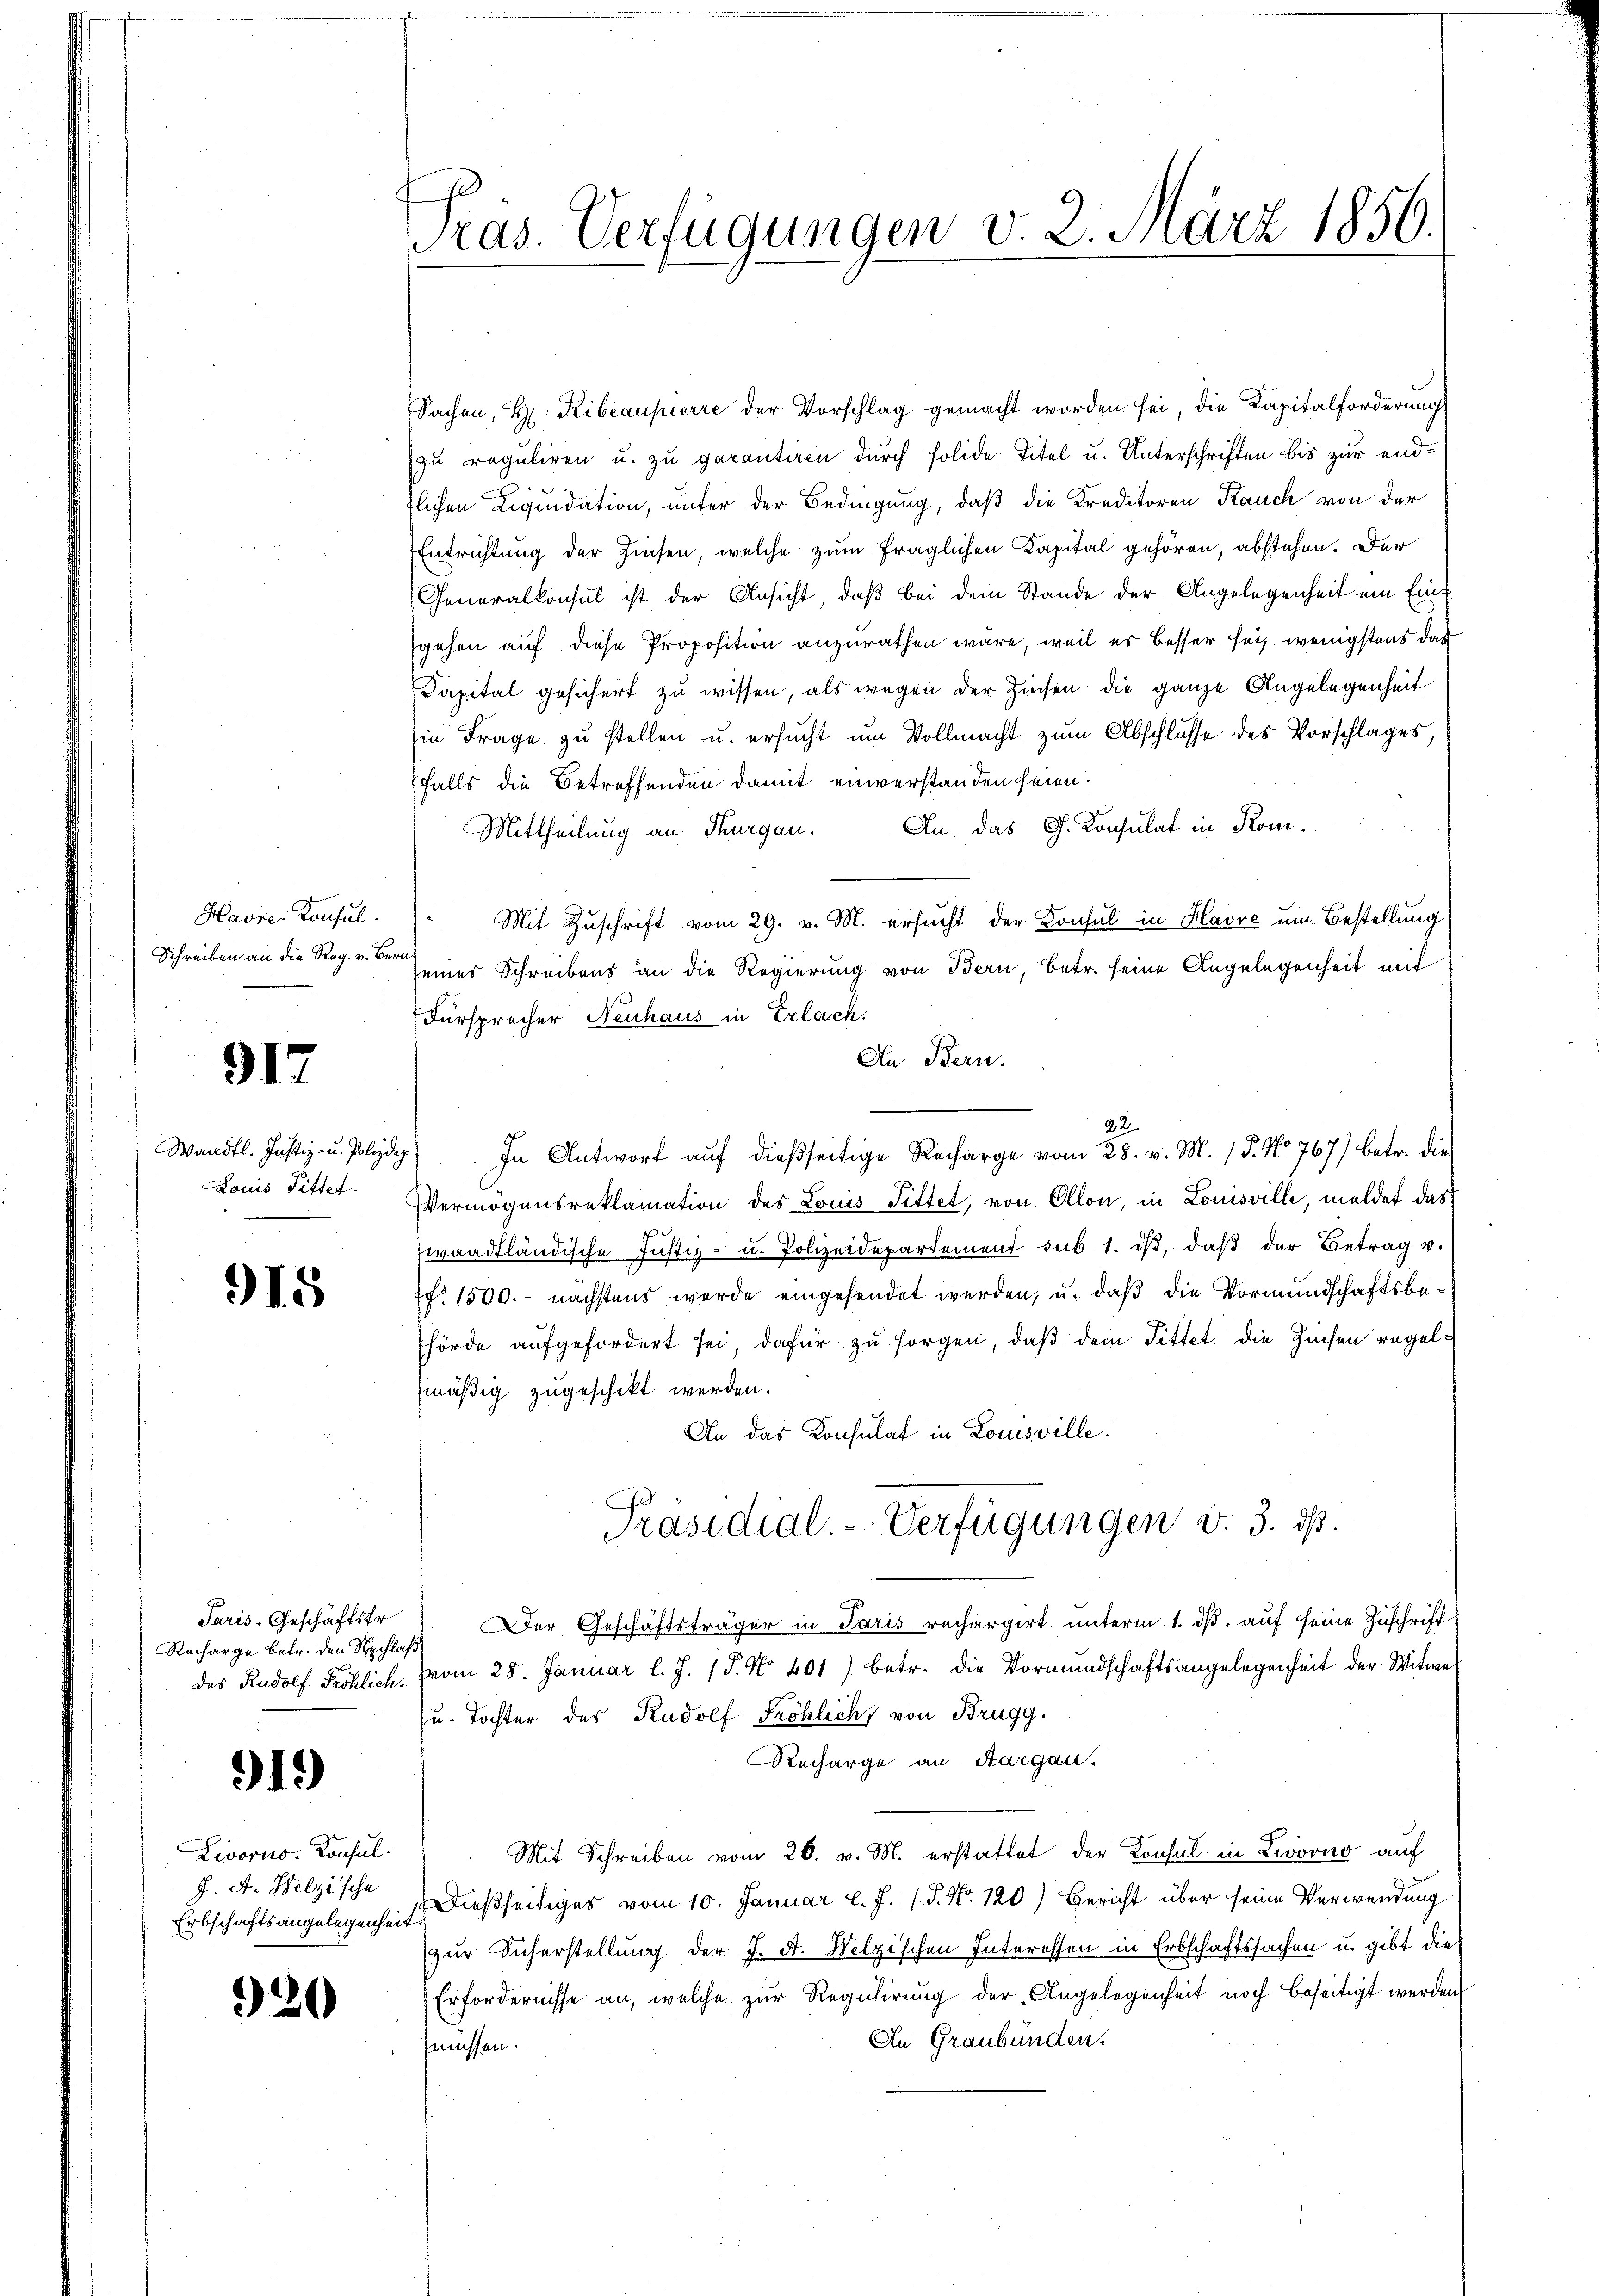
Havrei Konsul
Schreiben an die Reg. v. Bern

317

Louis Pitter.

915

Paris-Geschäftstr
Recharge betr. den Schlaß

919

Livorno. Konsul¬
J. A. Welzische
Erbschaftsangelegenheit.

320

s
ras. Verfügungen v. 2. März 1856.

Sachen, H. Ribeaupierre der Vorschlag gemacht worden sei, die Kapitalforderung
zu reguliren u. zu garantiren durch solide Titel u. Unterschriften bis zur endtlichen Liquidation, unter der Bedingung, daß die Kreditoren Rauch von der
Entrichtung der Zinsen, welche zum fraglichen Kapital gehören, abstehen. Der
Generalkonsul ist der Ansicht, daβ bei dem Stande der Angelegenheit ein Eingehen auf diese Proposition anzurathen wäre, weil es besser sei, wenigstens das
Capital gesichert zu wissen, als wegen der Zinsen die ganze Angelegenheit
in Frage zu stellen u. ersucht um Vollmacht zum Abschlüsse des Vorschlages
falls die Betreffenden damit einverstanden seien.
Mittheilung an Thurgau. An das G. Konsulat in Kom¬
Mit Zuschrift vom 29. v. M. ersucht der Konsul in Havre um Bestellung
seines Schreibens an die Regierung von Bern, betr. seine Angelegenheit mit
Fürsprecher Neuhaus in Erlach.
An Bern.
Waadt. Justiz- u. Polizey) In Antwort aŭf dießseitige Recharge vom 28. v. M. / 5. No 767) betr. die
Vermögensreklamation des Louis Pittet, von Ollon, in Louisville, meldet das
waadtländische Justiz- u. Polizeidepartement sub 1. dβ, daß der Betrag v.
7fr. 1500.- nächstens wurde eingesendet werden, u. daß die Vormundschaftsbehörde aufgefordert sei, dafür zu sorgen, daß dein Tittet die Zinsen regelmäßig zugeschikt werden.
An das Konsulat in Louisville.
Präsidial-Verfügungen v. 3. dß.
Der Geschäftsträger in Paris rechargirt unterm 1. ds. auf seine Zuschrift
das Rudolf Fröhlich. Vom 28. Januar l. J. J. No 401) betr. die Vormundschaftsangelegenheit der Witwe
u. Tochter des Rudolf Fröhlich, von Brugg.
Recharge an Aargau.
Mit Schreiben vom 26. v. M. erstattet der Konsul in Zwoono auf
dießseitiges vom 10. Januar l. J. 1. P. Nr. 120) Bericht über seine Verwendung
zur Sicherstellung der J. A. Welzischen Interessen in Erbschaftssachen u. gibt die
Erfordernisse an, welche zur Regulirung der Angelegenheit noch beseitigt werden
An Graubünden.
fmüssen.

22.